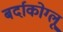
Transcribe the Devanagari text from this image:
बर्दाकोग्लू